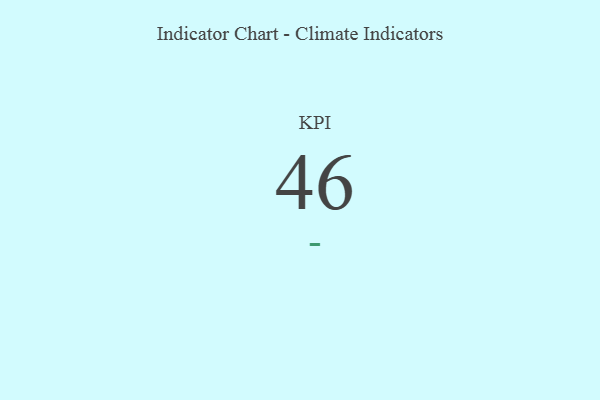
{"axis": {"x": "KPI", "y": "Value"}, "legend": [""], "data": [{"x": "KPI", "y": 46, "type": ""}]}